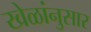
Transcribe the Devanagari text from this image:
खेळांनुसार